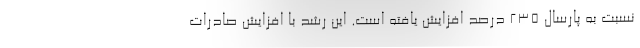
نسبت به پارسال 235 درصد افزایش یافته است. این رشد با افزایش صادرات